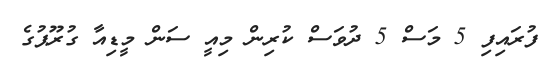
ފުރައިފި 5 މަސް 5 ދުވަސް ކުރިން މިއީ ސަން މީޑިއާ ގުރޫޕުގެ